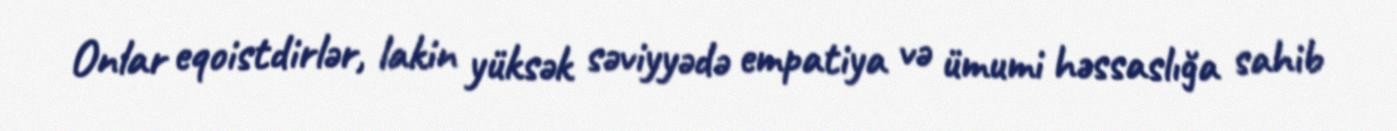
Onlar eqoistdirlər, lakin yüksək səviyyədə empatiya və ümumi həssaslığa sahib